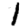
Digit: 1